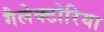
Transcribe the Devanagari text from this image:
गैलेक्टोरिया